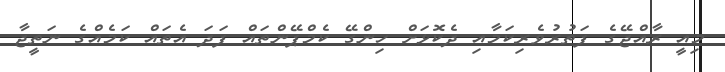
މިއީ ރާއްޖޭގެ ފަތުރުވެރިކަމާއި ދެކޮޅަށް ހިންގޭ ކެމްޕޭންތައް ފަދަ އެތައް ކަމެއްގެ ނަތީޖާ